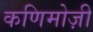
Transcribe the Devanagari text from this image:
कणिमोज़ी